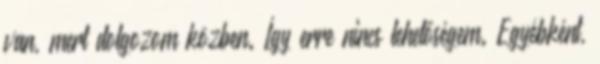
van, mert dolgozom közben. Így erre nincs lehetőségem. Egyébként,